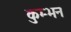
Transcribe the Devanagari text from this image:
कुम्भन